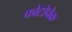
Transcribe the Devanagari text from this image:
फोटोपेक